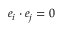
e _ { i } \cdot e _ { j } = 0